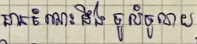
មានចំណេះដឹងទូលំទូលាយ